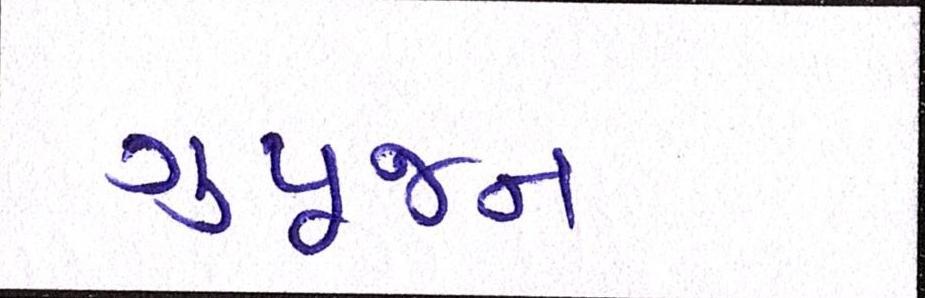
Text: ગુપૂજન